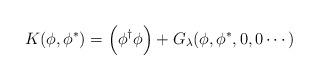
LaTeX: \begin{align*}K(\phi,\phi^*)=\Big(\phi^\dagger\phi\Big)+G_\lambda(\phi,\phi^*,0,0\cdots)\end{align*}